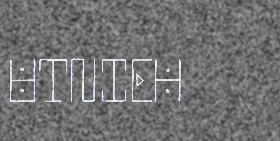
UTNIEH